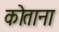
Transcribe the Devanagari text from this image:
कोताना